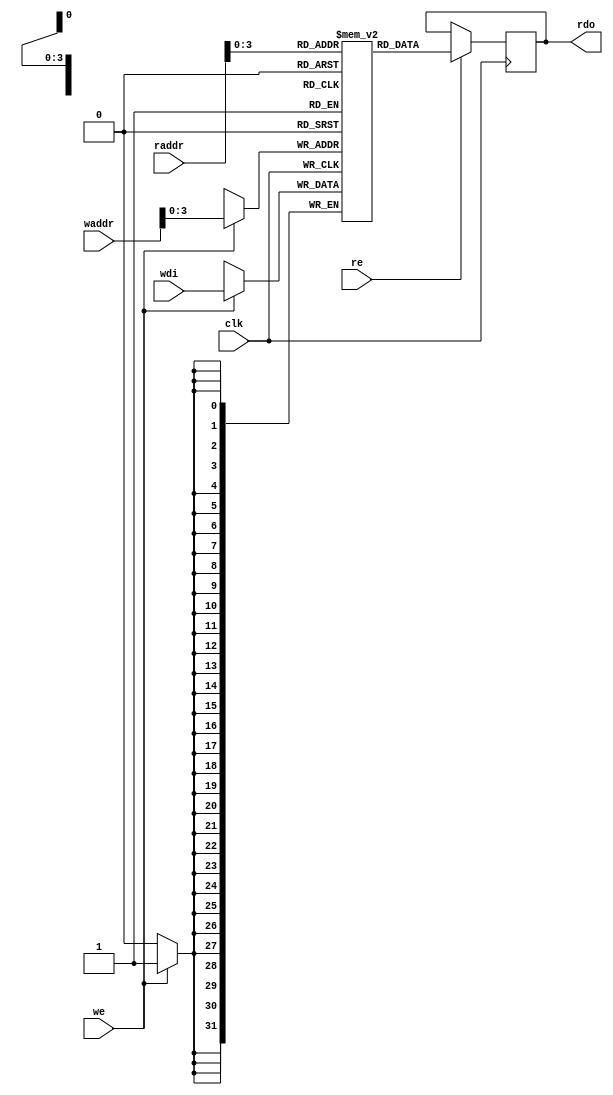
module bram11 (clk, we, re, waddr, raddr, wdi, rdo);
    `define RAMinitFile "./init.dat"
    parameter ADDR_WIDTH = 12;
    parameter SIZE = 11;
    parameter BIT_WIDTH = 32;
    input                          clk;
    input                          we, re;
    input [ADDR_WIDTH-1:0]         waddr, raddr;
    input [BIT_WIDTH-1:0]          wdi;
    output reg [BIT_WIDTH-1:0]     rdo;
    reg [BIT_WIDTH-1:0] RAM [SIZE-1:0];
    /////initial $readmemh(`RAMinitFile, RAM);
    
    always @(posedge clk)begin
        if(re) rdo <= RAM[raddr];
    end
    
    always @(posedge clk)begin
        if(we) RAM[waddr] <= wdi;
    end
    
endmodule